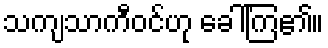
သကျသာကီဝင်ဟု ခေါ်ကြ၏။